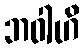
ဘဝါဟိ